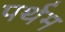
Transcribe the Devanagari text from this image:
पर्थम